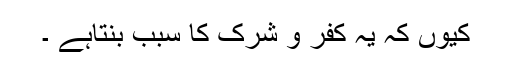
کیوں کہ یہ کفر و شرک کا سبب بنتاہے ۔